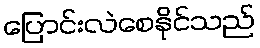
ပြောင်းလဲစေနိုင်သည်